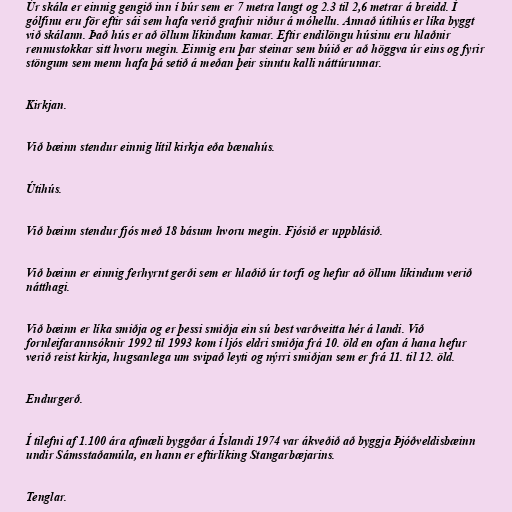
Úr skála er einnig gengið inn í búr sem er 7 metra langt og 2.3 til 2,6 metrar á breidd. Í
gólfinu eru för eftir sái sem hafa verið grafnir niður á móhellu. Annað útihús er líka byggt
við skálann. Það hús er að öllum líkindum kamar. Eftir endilöngu húsinu eru hlaðnir
rennustokkar sitt hvoru megin. Einnig eru þar steinar sem búið er að höggva úr eins og fyrir
stöngum sem menn hafa þá setið á meðan þeir sinntu kalli náttúrunnar.

Kirkjan.

Við bæinn stendur einnig lítil kirkja eða bænahús.

Útihús.

Við bæinn stendur fjós með 18 básum hvoru megin. Fjósið er uppblásið.

Við bæinn er einnig ferhyrnt gerði sem er hlaðið úr torfi og hefur að öllum líkindum verið
nátthagi.

Við bæinn er líka smiðja og er þessi smiðja ein sú best varðveitta hér á landi. Við
fornleifarannsóknir 1992 til 1993 kom í ljós eldri smiðja frá 10. öld en ofan á hana hefur
verið reist kirkja, hugsanlega um svipað leyti og nýrri smiðjan sem er frá 11. til 12. öld.

Endurgerð.

Í tilefni af 1.100 ára afmæli byggðar á Íslandi 1974 var ákveðið að byggja Þjóðveldisbæinn
undir Sámsstaðamúla, en hann er eftirlíking Stangarbæjarins.

Tenglar.